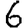
Digit: 6